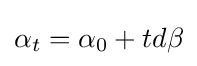
\alpha _{t}=\alpha _{0}+td\beta